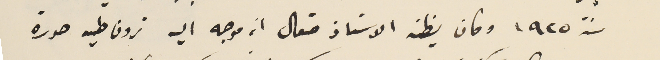
سنة ١٩٢٥ وكان يظن الاستاذ صقال انه موجه اليه ترون طيه صورة